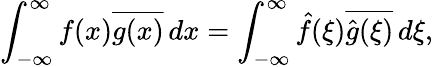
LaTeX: \int_{-\infty}^{\infty}f(x){\overline{{g(x)}}}\, dx=\int_{-\infty}^{\infty}{\hat{f}}(\xi){\overline{{{\hat{g}}(\xi)}}}\, d\xi,